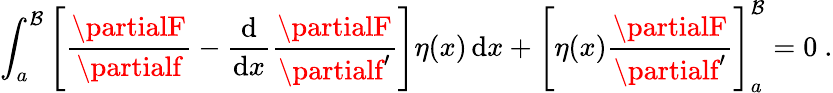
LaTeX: \int_{a}^{\mathcal{B}}\left[{\frac{{\partialF}}{{\partialf}}}-{\frac{{\mathrm{{d}}}}{{\mathrm{{d}}x}}}{\frac{{\partialF}}{{\partialf^{\prime}}}}\right]\eta(x)\, \mathrm{{d}}x+\left[\eta(x){\frac{{\partialF}}{{\partialf^{\prime}}}}\right]_{a}^{\mathcal{B}}=0\ .